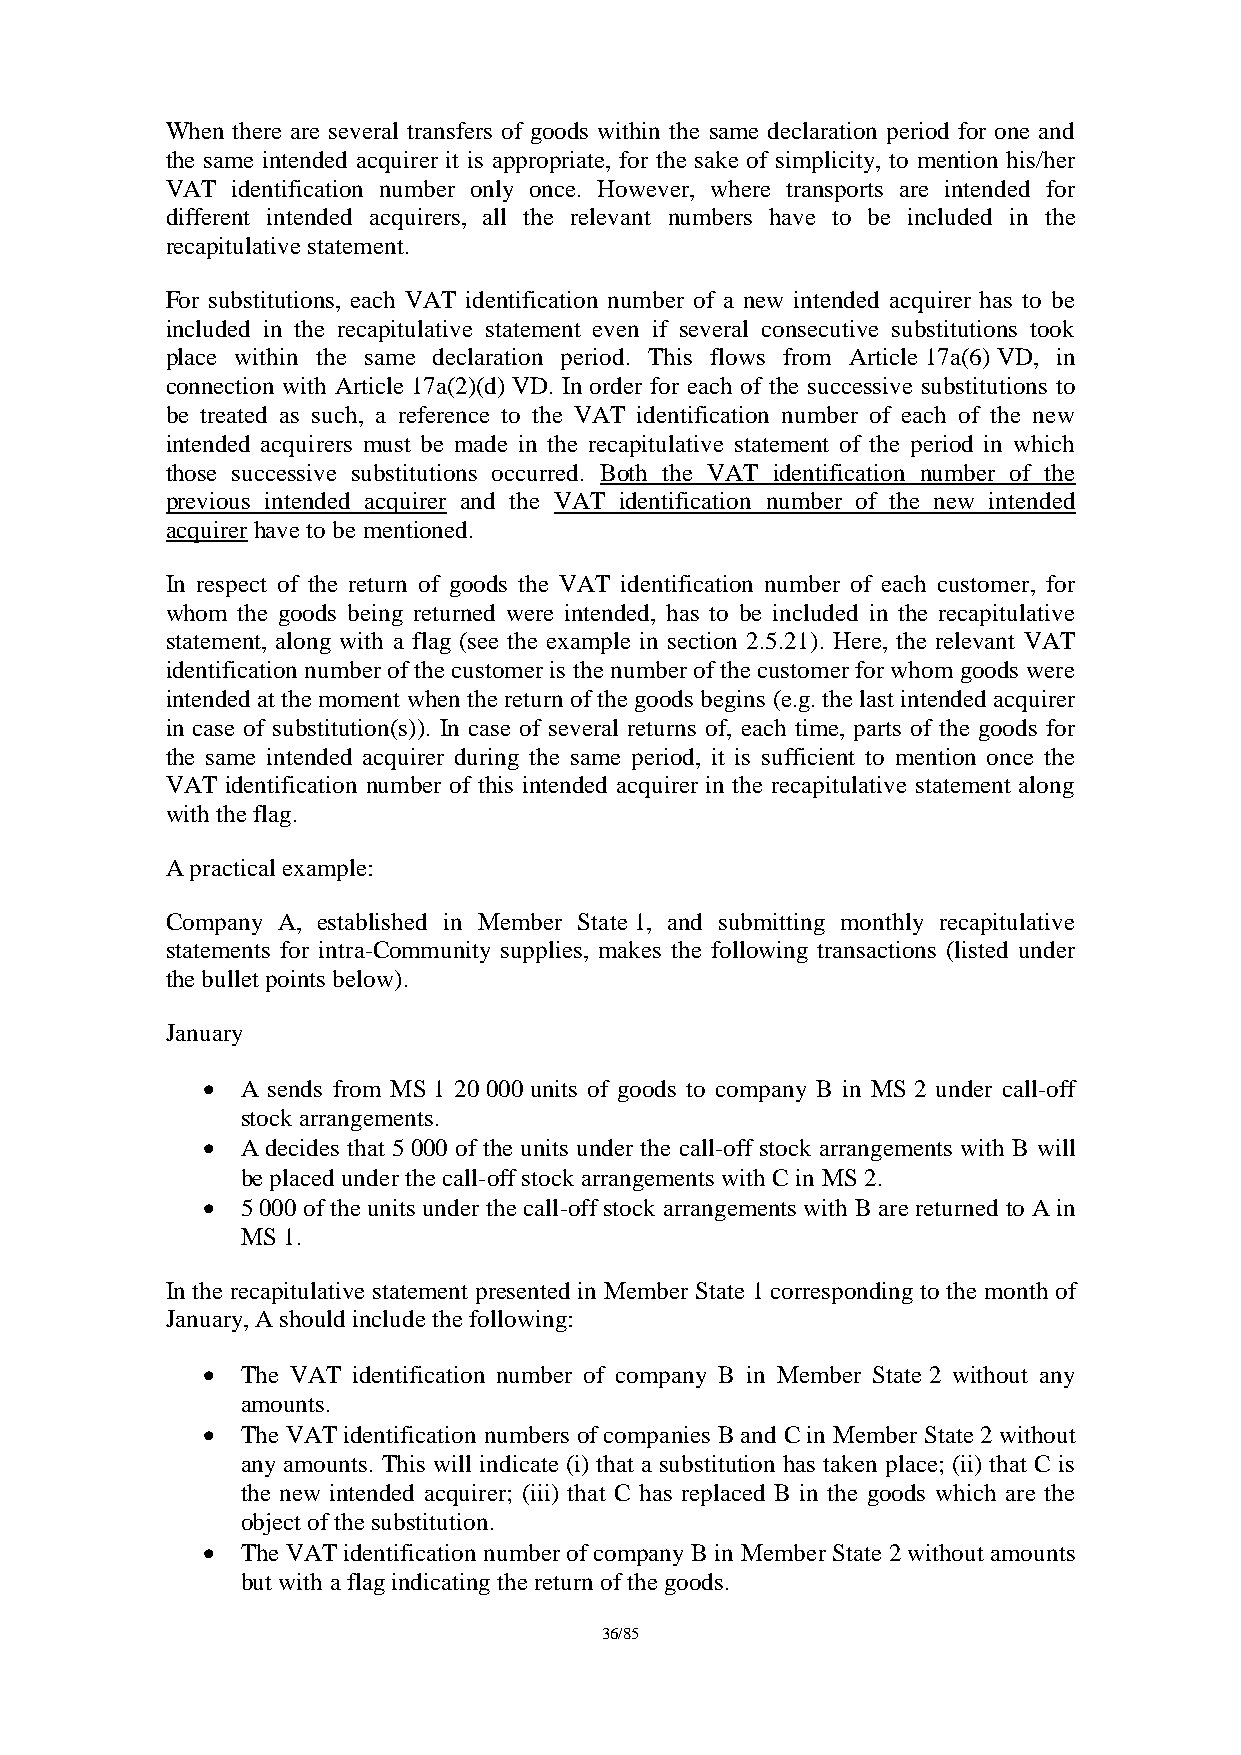
When there are several transfers of goods within the same declaration period for one and
 the same intended acquirer it is appropriate, for the sake of simplicity, to mention his/her
 VAT identification number only once. However, where transports are intended for
 different intended acquirers, all the relevant numbers have to be included in the
 recapitulative statement.
 For substitutions, each VAT identification number of a new intended acquirer has to be
 included in the recapitulative statement even if several consecutive substitutions took
 place within the same declaration period. This flows from Article 17a(6) VD, in
 connection with Article 17a(2)(d) VD. In order for each of the successive substitutions to
 be treated as such, a reference to the VAT identification number of each of the new
 intended acquirers must be made in the recapitulative statement of the period in which
 those successive substitutions occurred. Both the VAT identification number of the
 previous intended acquirer and the VAT identification number of the new intended
 acquirer have to be mentioned.
 In respect of the return of goods the VAT identification number of each customer, for
 whom the goods being returned were intended, has to be included in the recapitulative
 statement, along with a flag (see the example in section 2.5.21). Here, the relevant VAT
 identification number of the customer is the number of the customer for whom goods were
 intended at the moment when the return of the goods begins (e.g. the last intended acquirer
 in case of substitution(s)). In case of several returns of, each time, parts of the goods for
 the same intended acquirer during the same period, it is sufficient to mention once the
 VAT identification number of this intended acquirer in the recapitulative statement along
 with the flag.
 A practical example:
 Company A, established in Member State 1, and submitting monthly recapitulative
 statements for intra-Community supplies, makes the following transactions (listed under
 the bullet points below).
 January
   A sends from MS 1 20 000 units of goods to company B in MS 2 under call-off
 stock arrangements.
   A decides that 5 000 of the units under the call-off stock arrangements with B will
 be placed under the call-off stock arrangements with C in MS 2.
   5 000 of the units under the call-off stock arrangements with B are returned to A in
 MS 1.
 In the recapitulative statement presented in Member State 1 corresponding to the month of
 January, A should include the following:
   The VAT identification number of company B in Member State 2 without any
 amounts.
   The VAT identification numbers of companies B and C in Member State 2 without
 any amounts. This will indicate (i) that a substitution has taken place; (ii) that C is
 the new intended acquirer; (iii) that C has replaced B in the goods which are the
 object of the substitution.
   The VAT identification number of company B in Member State 2 without amounts
 but with a flag indicating the return of the goods.
 36/85